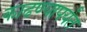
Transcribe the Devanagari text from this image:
काढण्यापर्यंत